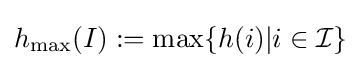
h_{\max }(I):=\max\{h(i)|i\in {\mathcal {I}}\}